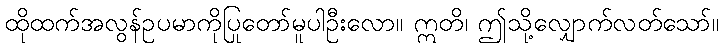
ထိုထက်အလွန်ဥပမာကိုပြုတော်မူပါဦးလော။ ဣတိ၊ ဤသို့လျှောက်လတ်သော်။